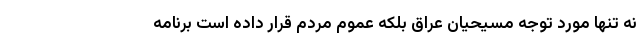
نه تنها مورد توجه مسیحیان عراق بلکه عموم مردم قرار داده است برنامه